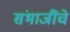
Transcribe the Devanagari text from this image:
संभाजींचे